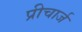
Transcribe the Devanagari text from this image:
प्रीचार्ज